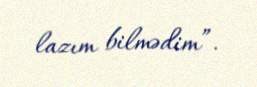
lazım bilmədim”.